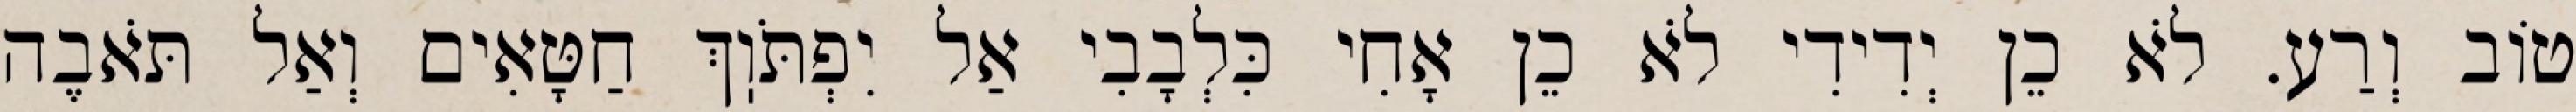
טוֹב וְרַע. לֹא כֵן יְדִידִי לֹא כֵן אָחִי כִּלְבָבִי אַל יִפְתֹּוֽךְ חַטָּאִים וְאַל תֹּאבֶה